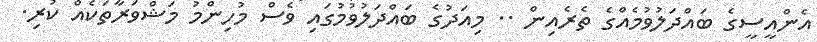
އެންއީސީގެ ބައްދަލުވުމެއްގެ ތެރެއިން .. މިއަދުގެ ބައްދަލުވުމުގައި ވެސް މުހިންމު މަޝްވަރާތަކެއް ކުރި.